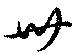
卅